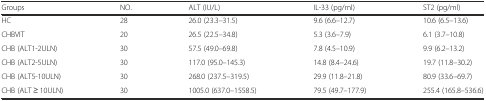
<table><thead><tr><td><b>Groups</b></td><td><b>NO.</b></td><td><b>ALT (IU/L)</b></td><td><b>IL-33 (pg/ml)</b></td><td><b>ST2 (pg/ml)</b></td></tr></thead><tbody><tr><td>HC</td><td>28</td><td>26.0 (23.3–31.5)</td><td>9.6 (6.6–12.7)</td><td>10.6 (6.5–13.6)</td></tr><tr><td>CHBVIT</td><td>20</td><td>26.5 (22.5–34.8)</td><td>5.3 (3.6–7.9)</td><td>6.1 (3.7–10.8)</td></tr><tr><td>CHB (ALT1-2ULN)</td><td>30</td><td>57.5 (49.0–69.8)</td><td>7.8 (4.5–10.9)</td><td>9.9 (6.2–13.2)</td></tr><tr><td>CHB (ALT2-5ULN)</td><td>30</td><td>117.0 (95.0–145.3)</td><td>14.8 (8.4–24.6)</td><td>19.7 (11.8–30.2)</td></tr><tr><td>CHB (ALT5-10ULN)</td><td>30</td><td>268.0 (237.5–319.5)</td><td>29.9 (11.8–21.8)</td><td>80.9 (33.6–69.7)</td></tr><tr><td>CHB (ALT ≥ 10ULN)</td><td>30</td><td>1005.0 (637.0–1558.5)</td><td>79.5 (49.7–177.9)</td><td>255.4 (165.8–536.6)</td></tr></tbody></table>